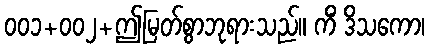
၀၀၁+၀၀၂+ဤမြတ်စွာဘုရားသည်။ ကိံ ဒိသကော၊